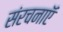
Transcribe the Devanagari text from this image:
संरचनाऍ